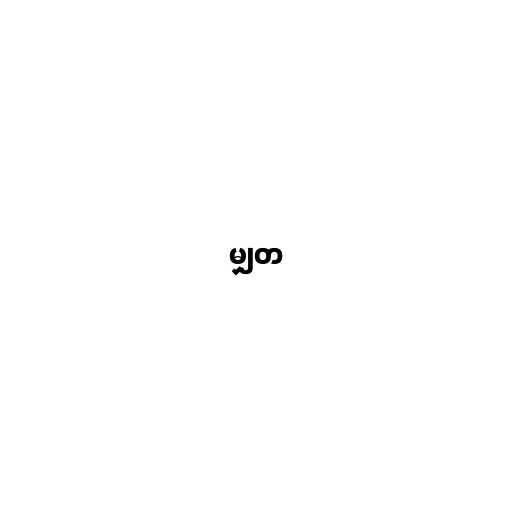
မျှတ